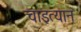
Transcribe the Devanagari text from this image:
चाइत्यान